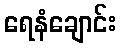
ရေနံချောင်း